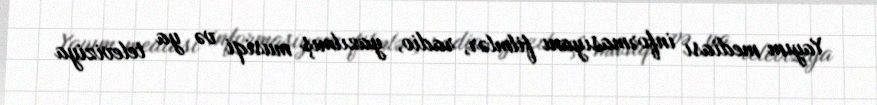
Yayım mediası informasiyanı filmlər, radio, yazılmış musiqi və ya televiziya